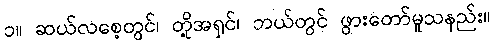
၁။ ဆယ်လစေ့တွင်၊ တို့အရှင်၊ ဘယ်တွင် ဖွားတော်မူသနည်း။